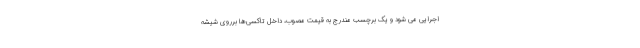
اجرایی می شود و یک برچسب مندرج به قیمت مصوب، داخل تاکسی‌ها برروی شیشه